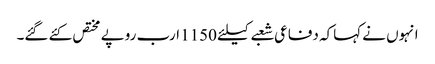
انہوں نے کہاکہ دفاعی شعبے کیلئے 1150 ارب روپے مختص کئے گئے۔